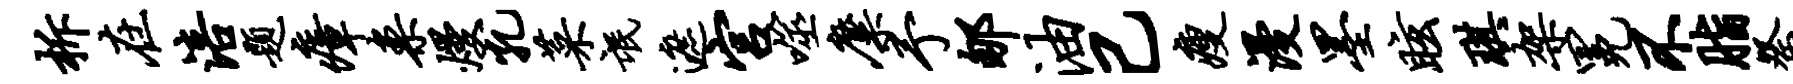
柝在涪题瘴案熳孔菜氓遮宫噬麋予郇油己瘦漫墨眩琪架冕不脂祭